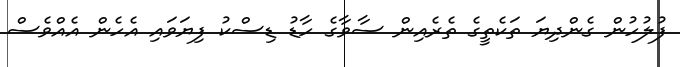
ފުލުހުން ގެންދިޔަ ތަކެތީގެ ތެރެއިން ސާވާގެ ހާޑު ޑިސްކު ފިޔަވައި އެހެން އެއްވެސް